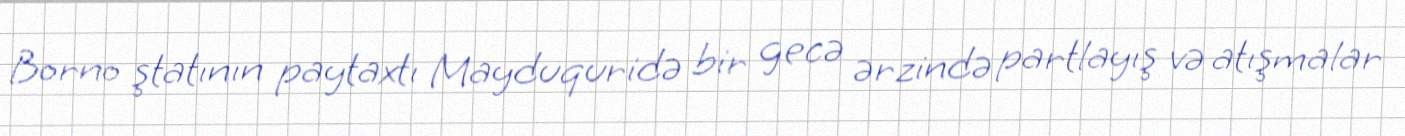
Borno ştatının paytaxtı Mayduquridə bir gecə ərzində partlayış və atışmalar